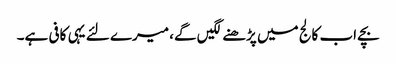
بچے اب کالج میں پڑھنے لگیں گے، میرے لئے یہی کافی ہے۔